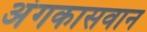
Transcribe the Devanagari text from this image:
अंगकासवान